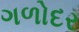
ગળોદર